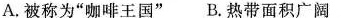
A.被称为”咖啡王国” B.热带面积广阔